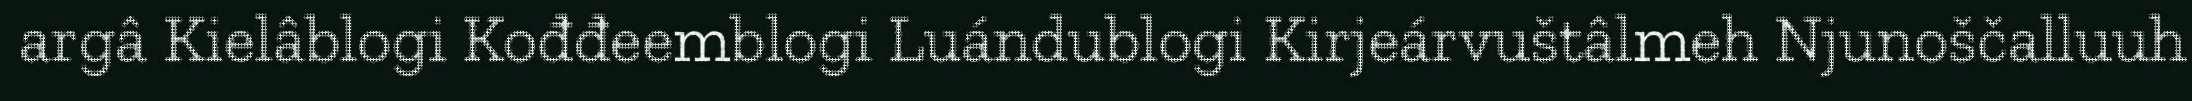
argâ Kielâblogi Kođđeemblogi Luándublogi Kirjeárvuštâlmeh Njunoščalluuh